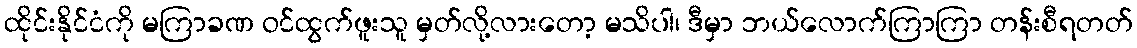
ထိုင်းနိုင်ငံကို မကြာခဏ ဝင်ထွက်ဖူးသူ မှတ်လို့လားတော့ မသိပါ၊ ဒီမှာ ဘယ်လောက်ကြာကြာ တန်းစီရတတ်